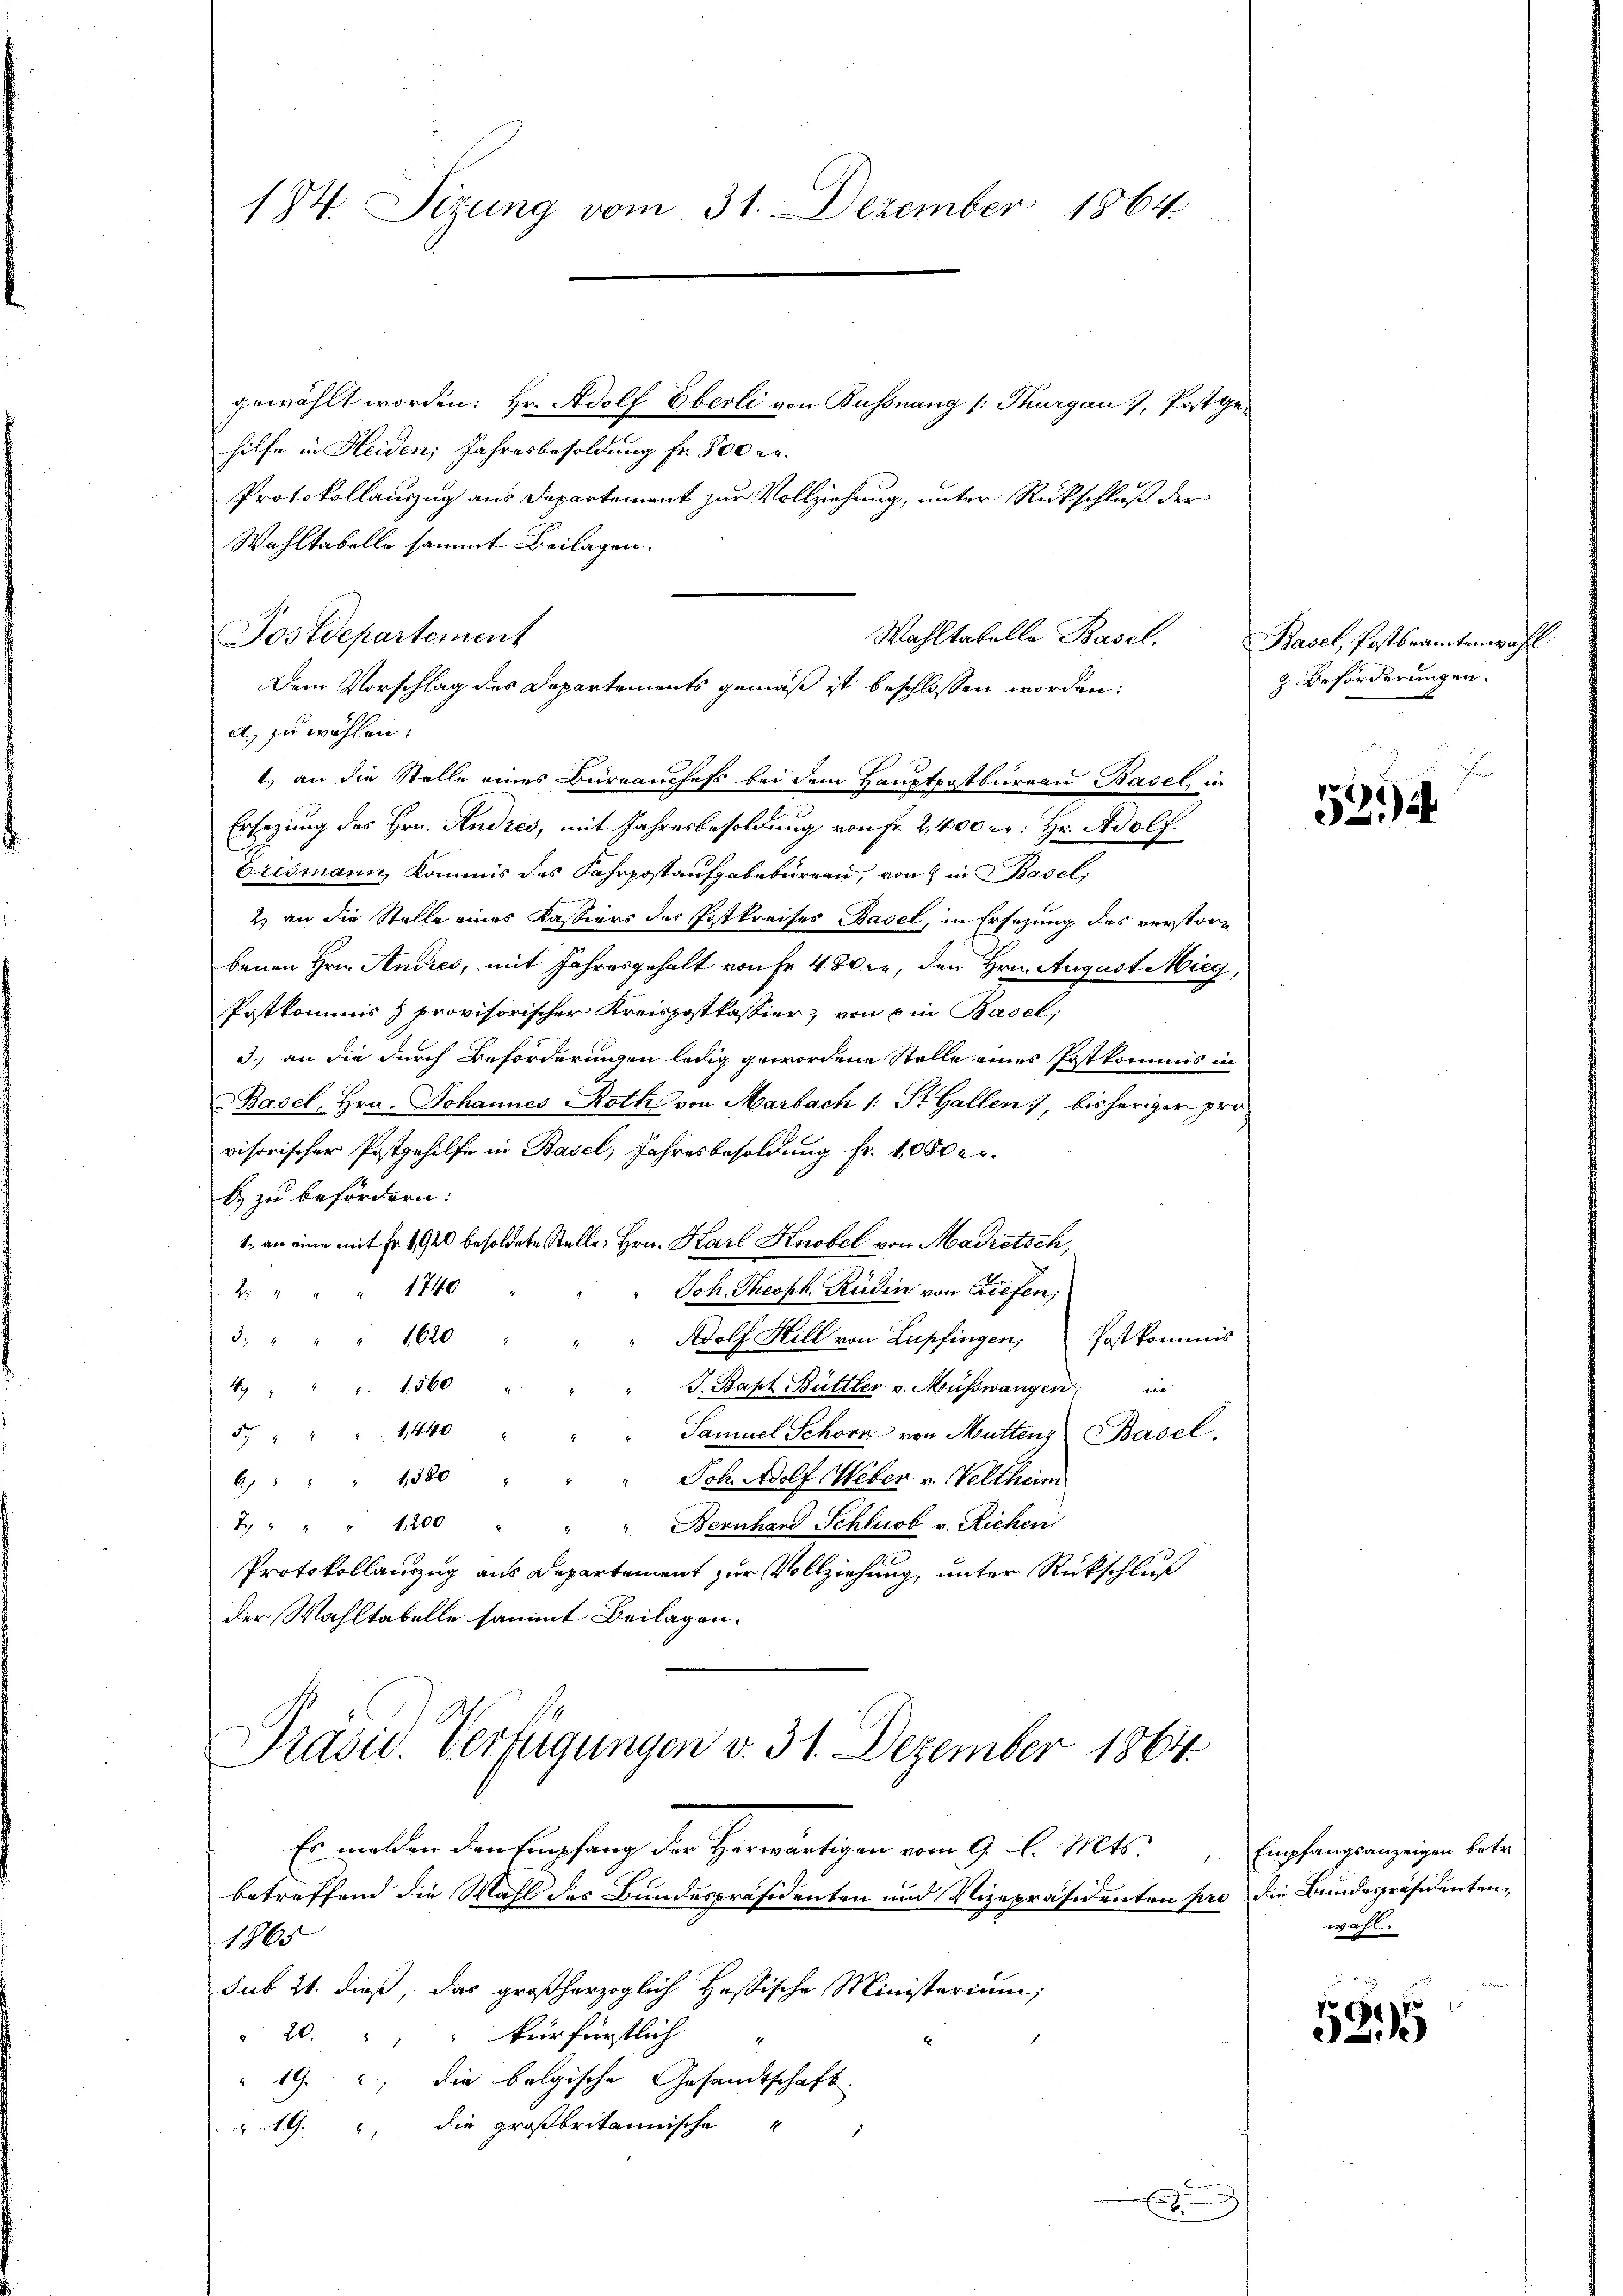
184. Sitzung vom 31. Dezember 1864

gewählt worden: Hr. Adolf Eberli von Bussnang (: Thurgau, Postgen
hilfe in Heiden Jahresbesoldung fr. 500 re
Protokollauszug aus Departement zur Vollziehung, unter Rückschluß der
Wahltabelle sammt Beilagen.
a., zu wählen:
Ersezung des Hrn. Andres, mit Jahresbesoldung von Fr. 2,400 Fr. Hr. Adolf
Crismann, Kommis des Fahrpostaufgabebureau, von 8 in Basel,
2) an die Stelle eines Kassiers des Postkreises Basel, in Ersezung des verstorbenen Hrn. Andres, mit Jahresgehalt von Fr. 480, den Hrn. August Mieg,
Postkommis à provisorischer Kreispostkassier, von u in Basel,
3.) an die durch Beförderungen ledig gewordene Stelle eines Postkommis in
Basel, Hrn. Johannes Roth von Marbach (: St. Gallen, bisheriger provisorischer Postgehilfe in Basel; Jahresbesoldung fr. 1000 er
b. zu befördern:
1. an eine mit Fr. 1920 besoldete Stelle Hrn. Karl Knobel von Madretsch
1740
Joh. Theoph Rüdin von Ziefen,
2
1620
J.
Adolf Hill von Lupfingen, Postkommis
J. Bapt Büttler v. Müsswangen in
49 " " " 1560
1,440
Samuel Schorn von Muttens Basel.
572.
" Joh. Adolf Weber v. Weltheim
6 " " " 1380
7. " " " 1200 " " " Bernhard Schluck v. Richen
Protokollauszug aus Departement zur Vollziehung, unter Rückschluß
der Wahltabelle sammt Beilagen.
Präsid. Verfügungen v. 31. Dezember 1864.
Er melden den Empfang der Herwärtigen vom 9. l. Mts.
betreffend die Wahl des Bundespräsidenten und Vizepräsidenten pro die Bundespräsidenten¬
1865
sub 21. dieß, das großherzoglich Hassische Ministerium,
" 20. " " kürfürstlich
19. die belgische Gesandtschaft.
 19. die großbritannische
1

Postdepartement

Wahltabelle Basel.
Dem Vorschlag des Departements gemäß ist beschlossen worden:
1.) an die Stelle eines Büreauchefs bei dem Hauptpostbureau Basel, in

E

Basel, Postbeamtenwahl
 Beförderungen.
F

52)

Empfangsanzeigen betr.
ezahl

5395